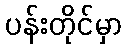
ပန်းတိုင်မှာ